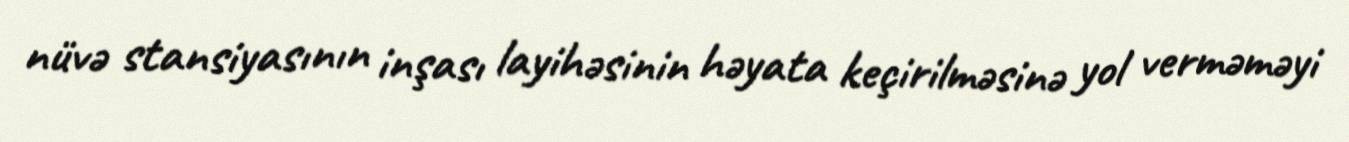
nüvə stansiyasının inşası layihəsinin həyata keçirilməsinə yol verməməyi